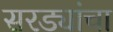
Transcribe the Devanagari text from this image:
सरड्यांचा